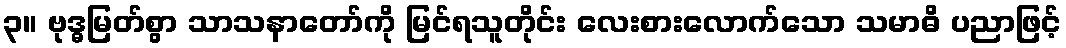
၃။ ဗုဒ္ဓမြတ်စွာ သာသနာတော်ကို မြင်ရသူတိုင်း လေးစားလောက်သော သမာဓိ ပညာဖြင့်